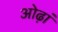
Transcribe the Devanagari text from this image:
ओढ़ां